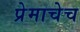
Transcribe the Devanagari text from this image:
प्रेमाचेच